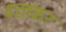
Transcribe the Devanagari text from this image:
वडतकर